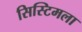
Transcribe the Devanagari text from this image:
सिस्टिमला